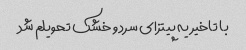
با تاخیر یه پیتزای سرد و خشک تحویلم شد